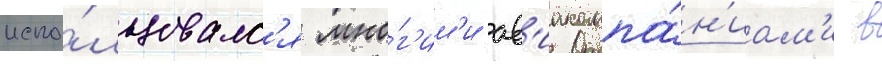
испо́льзовалс'я мно́г'им'и ав'иакомпа́н'иам'и в